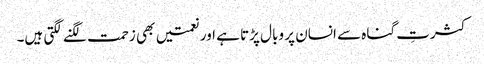
کثرتِ گناہ سے انسان پر وبال پڑتا ہے اور نعمتیں بھی زحمت لگنے لگتی ہیں۔